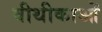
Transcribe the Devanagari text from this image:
वीथीकाओं